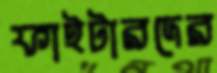
ফাইটারদের